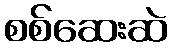
စစ်ဆေးဆဲ